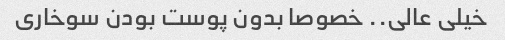
خیلی عالی.. خصوصا بدون پوست بودن سوخاری